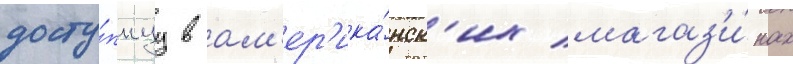
досту́пнуу в ам'ер'ика́нск'их магаз'и́нах